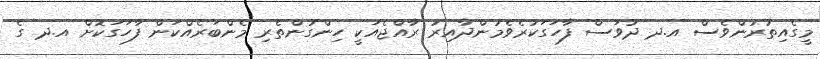
މީގެއިތުރުންވެސް އ.ދ ދުވަސް ފާހަގަކުރެވެމުންދާއިރު ރާއްޖެއަކީ ހިންގުންތެރި މެންބަރެއްކަން ފާހަގަކޮށް އ.ދ ގެ